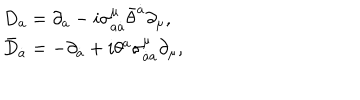
\begin{array} { l l } { { D _ { a } = \partial _ { a } - i \sigma _ { a \dot { a } } ^ { \mu } \bar { \theta } ^ { \dot { a } } \partial _ { \mu } , } } & { { } } \\ { { \bar { D } _ { \dot { a } } = - \partial _ { \dot { a } } + i \theta ^ { a } \sigma _ { \dot { a } a } ^ { \mu } \partial _ { \mu } , } } & { { } } \\ \end{array}